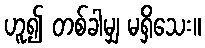
ဟူ၍ တစ်ခါမျှ မရှိသေး။